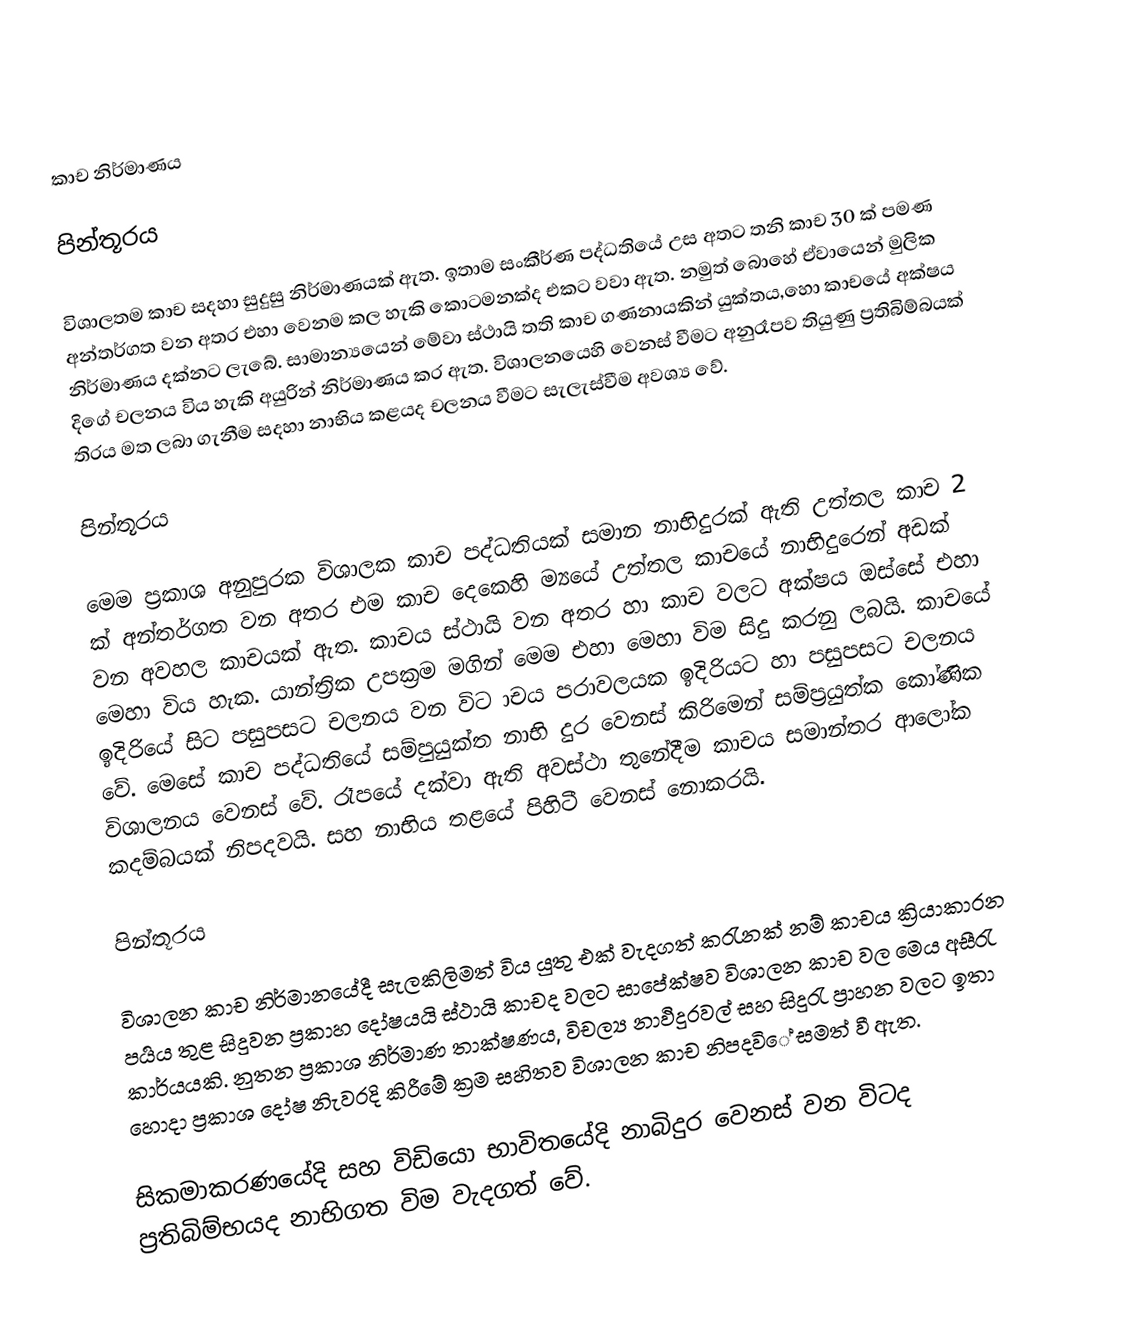
කාච  නිර්මාණය

පින්තූරය

විශාලතම කාච සදහා සුදුසු නිර්මාණයක් ඇත. ඉතාම සංකීර්ණ පද්ධතියේ උස අතට තනි කාච 30 ක් පමණ අන්තර්ගත වන අතර එහා වෙනම කල හැකි කොටමනක්ද එකට වවා ඇත. නමුත් බොහේ ඒවායෙන් මුලික නිර්මාණය දක්නට ලැබේ. සාමාන්‍යයෙන් මේවා ස්ථායි තති කාච ගණනායකින් යුක්තය,හො කාචයේ අක්ෂය දිගේ චලනය විය හැකි අයුරින් නිර්මාණය කර ඇත. විශාලනයෙහි වෙනස් වීමට අනුරෑපව තියුණු ප්‍රතිබිම්බයක් තිරය මත ලබා ගැනීම සදහා නාභිය කළයද චලනය වීමට සැලැස්වීම අවශ්‍ය වේ.

පින්තූරය

මෙම ප්‍රකාශ අනුපුරක විශාලක කාච පද්ධතියක් සමාන නාභිදුරක් ඇති උත්තල කාච 2 ක් අන්තර්ගත වන අතර එම කාච දෙකෙහි ම්‍යයේ උත්තල කාචයේ නාභිදුරෙන් අඩක් වන අවහල කාචයක් ඇත.   කාචය ස්ථායි වන අතර  හා  කාච වලට අක්ෂය ඔස්සේ එහා මෙහා විය හැක. යාන්ත්‍රික උපක්‍රම මගින් මෙම එහා මෙහා විම සිදු කරනු ලබයි.   කාචයේ ඉදිරියේ සිට පසුපසට චලනය වන විට  ාචය පරාවලයක ඉදිරියට හා පසුපසට චලනය වේ. මෙසේ කාච පද්ධතියේ සම්පුයුක්ත නාභි දුර වෙනස් කිරිමෙන් සම්ප්‍රයුත්ක කෝණික විශාලනය වෙනස් වේ. රෑපයේ දක්වා ඇති අවස්ථා තුනේදීම කාචය සමාන්තර ආ‍ලෝක කදම්බයක් නිපදවයි. සහ නාභිය තළයේ පිහිටී වෙනස් නොකරයි.

පින්තූරය

විශාලන කාච නිර්මානයේදී සැලකිලිමත් විය යුතු එක් වැදගත් කරැනක් නම් කාචය ක්‍රියාකාරන පර්‍යය තුළ සිදුවන ප්‍රකාහ දෝෂයයි ස්ථායි කාචද වලට සාපේක්ෂව විශාලන කාච වල මෙය අසීරැ කාර්යයකි. නුතන ප්‍රකාශ නිර්මාණ තාක්ෂණය, විචල්‍ය නාඵිදුරවල් සහ සිදුරැ ප්‍රාහන වලට ඉතා හොදා ප්‍රකාශ දෝෂ නිැවරදි කිරීමේ ක්‍රම සහිතව විශාලන කාච නිපදවි‍ේ සමත් වී ඇත.

සිකමාකරණයේදි සහ විඩියො භාවිතයේදි නාබිදුර වෙනස් වන විටද ප්‍රතිබිම්භයද නාභිගත විම වැදගත් වේ.